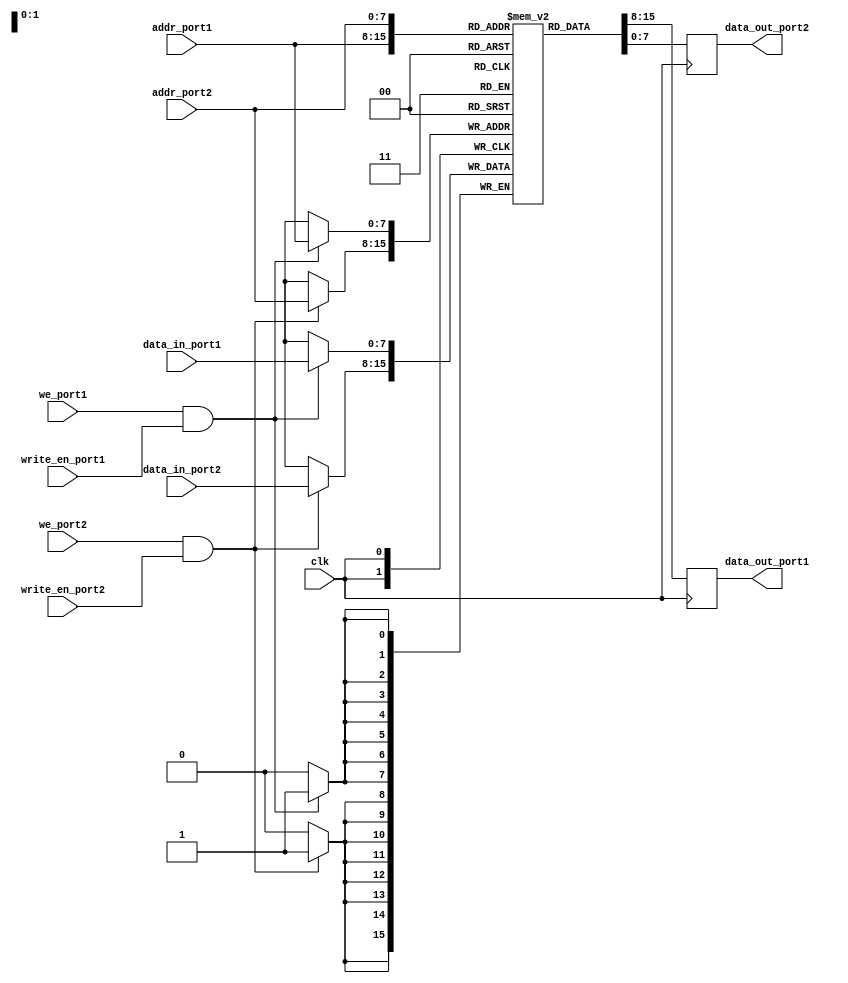
module dual_port_ram (
    input wire clk,
    input wire [7:0] data_in_port1,
    input wire [7:0] data_in_port2,
    input wire [7:0] addr_port1,
    input wire [7:0] addr_port2,
    input wire write_en_port1,
    input wire write_en_port2,
    input wire we_port1,
    input wire we_port2,
    output reg [7:0] data_out_port1,
    output reg [7:0] data_out_port2
);

reg [7:0] ram [0:255];

always @(posedge clk) begin
    if (we_port1 && write_en_port1) begin
        ram[addr_port1] <= data_in_port1;
    end
    if (we_port2 && write_en_port2) begin
        ram[addr_port2] <= data_in_port2;
    end
    data_out_port1 <= ram[addr_port1];
    data_out_port2 <= ram[addr_port2];
end

endmodule